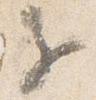
子